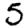
Digit: 5